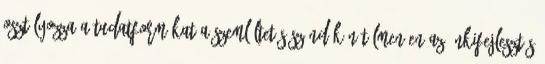
osztályozza a tudatformákat a szemléltetés szándékán túlmenően az önkifejlesztés